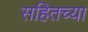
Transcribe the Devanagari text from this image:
सहितच्या